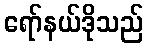
ရော်နယ်ဒိုသည်